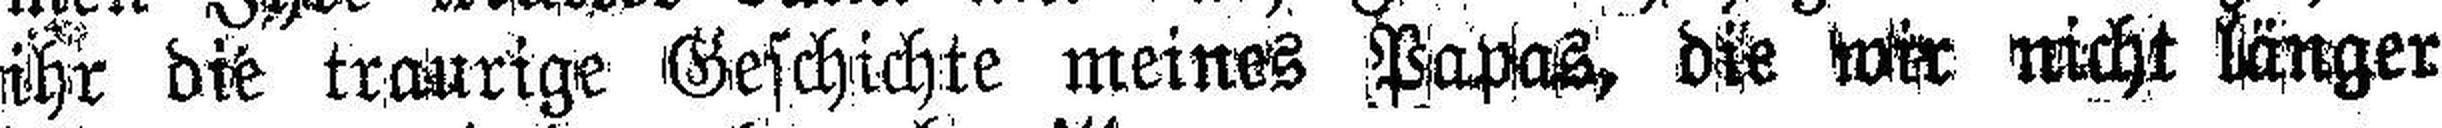
ihr die traurige Geschichte meines Papas, die wir nicht länger